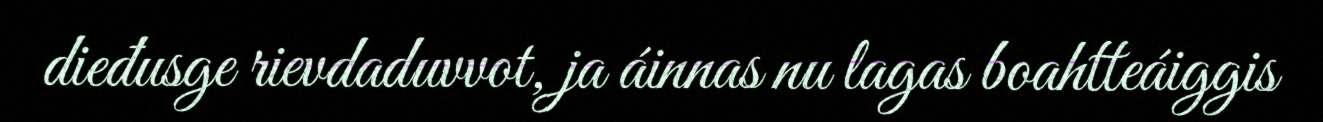
dieđusge rievdaduvvot, ja áinnas nu lagas boahtteáiggis